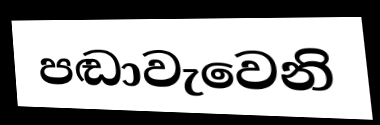
පඬාවැවෙනි